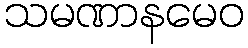
သမဏာနမေဝ